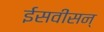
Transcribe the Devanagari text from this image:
ईसवींसन्